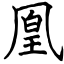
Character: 凰